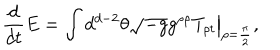
{ \frac { d } { d t } } E = \int d ^ { d - 2 } \theta \left. \sqrt { - g } g ^ { \rho \rho } T _ { \rho t } \right| _ { \rho = { \frac { \pi } { 2 } } } ,